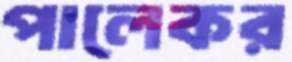
পালেকর